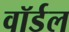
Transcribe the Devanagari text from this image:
वॉर्डल